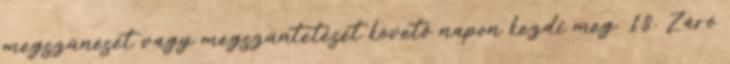
megszűnését vagy megszüntetését követő napon kezdi meg. 18. Záró